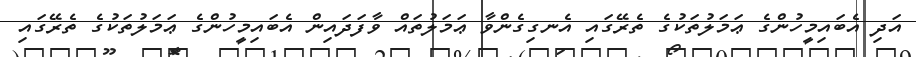
އަދި އެބައިމީހުންގެ ޢަމަލުތަކުގެ ތެރޭގައި އެނގިގެންވާ ޢަމަލުތައް ވާފަދައިން އެބައިމީހުންގެ ޢަމަލުތަކުގެ ތެރޭގައި